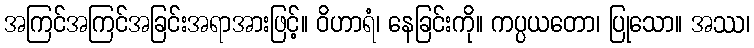
အကြင်အကြင်အခြင်းအရာအားဖြင့်။ ဝိဟာရံ၊ နေခြင်းကို။ ကပ္ပယတော၊ ပြုသော။ အဿ၊